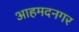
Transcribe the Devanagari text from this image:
आहमदनगर